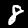
Digit: 8